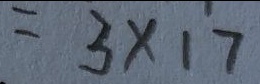
= 3 \times 1 7